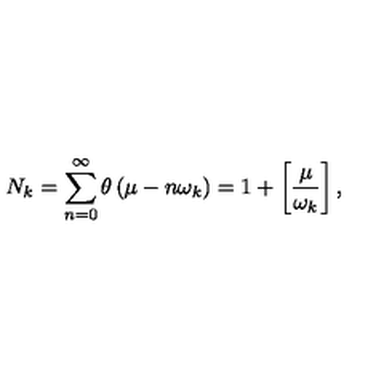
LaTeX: N _ { k } = \sum _ { n = 0 } ^ { \infty } \theta \left( \mu - n \omega _ { k } \right) = 1 + \left[ \frac { \mu } { \omega _ { k } } \right] ,